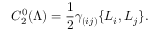
C _ { 2 } ^ { 0 } ( \Lambda ) = \frac { 1 } { 2 } \gamma _ { ( i j ) } \{ L _ { i } , L _ { j } \} .